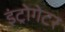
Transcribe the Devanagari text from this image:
इंट्रोगेटर